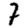
Digit: 7